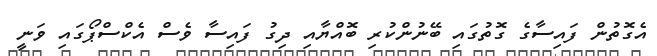
އެގޮތުން ފައިސާގެ ގޮތުގައި ބޭނުންކުރި ބޮއްޔާއި ދިގު ފައިސާ ވެސް އެކްސްޕޯގައި ވަނީ